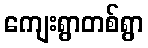
ကျေးရွာတစ်ရွာ